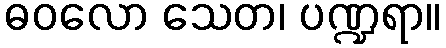
ဓဝလော သေတ၊ ပဏ္ဍရာ။